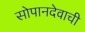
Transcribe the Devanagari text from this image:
सोपानदेवाची